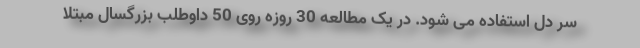
سر دل استفاده می شود. در یک مطالعه 30 روزه روی 50 داوطلب بزرگسال مبتلا